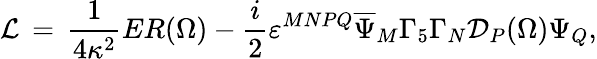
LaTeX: {\cal L}\, =\, \frac{1}{4\kappa^{2}}ER(\Omega)-\frac{i}{2}\varepsilon^{MNPQ}\overline{{{\Psi}}}_{M}\Gamma_{5}\Gamma_{N}{\cal D}_{P}(\Omega)\Psi_{Q},